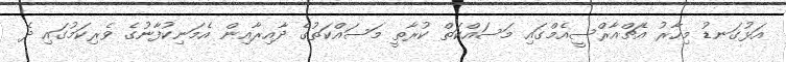
އަޅުގަނޑު މިހާރު އެޗްއާރްސީއެމްގައި މަސައްކަތް ކުރާތީ މަސައްކަތުގެ ދާއިރާއިން އެމަނިކުފާނުގެ ވެރިކަމުގައި ދެ